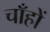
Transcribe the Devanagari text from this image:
चाँहों